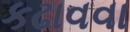
કઢાવવા